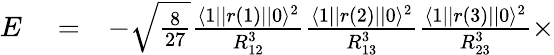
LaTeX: \begin{array}{rlr}{E}&{{}=}&{-\sqrt{\frac{8}{27}}\frac{\langle 1||r(1)||0\rangle^{2}}{R_{12}^{3}}\frac{\langle 1||r(2)||0\rangle^{2}}{R_{13}^{3}}\frac{\langle 1||r(3)||0\rangle^{2}}{R_{23}^{3}}\times}\end{array}